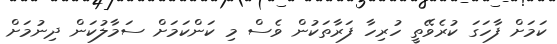
ކަމަށް ފާހަގަ ކުރެވޭތީ ހުރިހާ ފަރާތަކުން ވެސް މި ކަންކަމަށް ސަމާލުކަން ދިނުމަށް